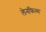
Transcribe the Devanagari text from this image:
लेनफिल्म